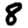
Digit: 8